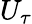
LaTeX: U_{\tau}